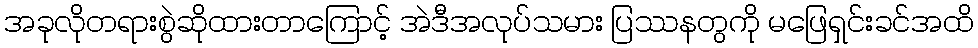
အခုလိုတရားစွဲဆိုထားတာကြောင့် အဲဒီအလုပ်သမား ပြဿနတွကို မဖြေရှင်းခင်အထိ